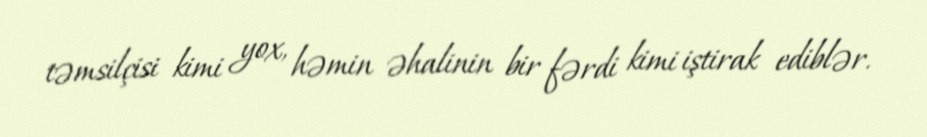
təmsilçisi kimi yox, həmin əhalinin bir fərdi kimi iştirak ediblər.